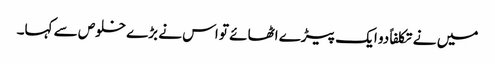
میں نے تکلفاً دو ایک پیڑے اٹھائے تو اس نے بڑے خلوص سے کہا۔